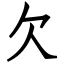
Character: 欠